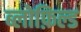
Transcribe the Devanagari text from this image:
ब्लोफ़िल्ड